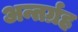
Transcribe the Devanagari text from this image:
अन्तर्ग्रह